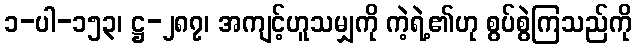
၁-ပါ-၁၅၃၊ ဋ္ဌ-၂၈၇၊ အကျင့်ဟူသမျှကို ကဲ့ရဲ့၏ဟု စွပ်စွဲကြသည်ကို